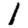
Digit: 1